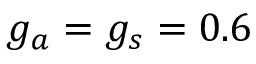
g _ { a } = g _ { s } = 0 . 6